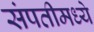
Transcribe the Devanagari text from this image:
संपतीमध्ये